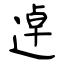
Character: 逴